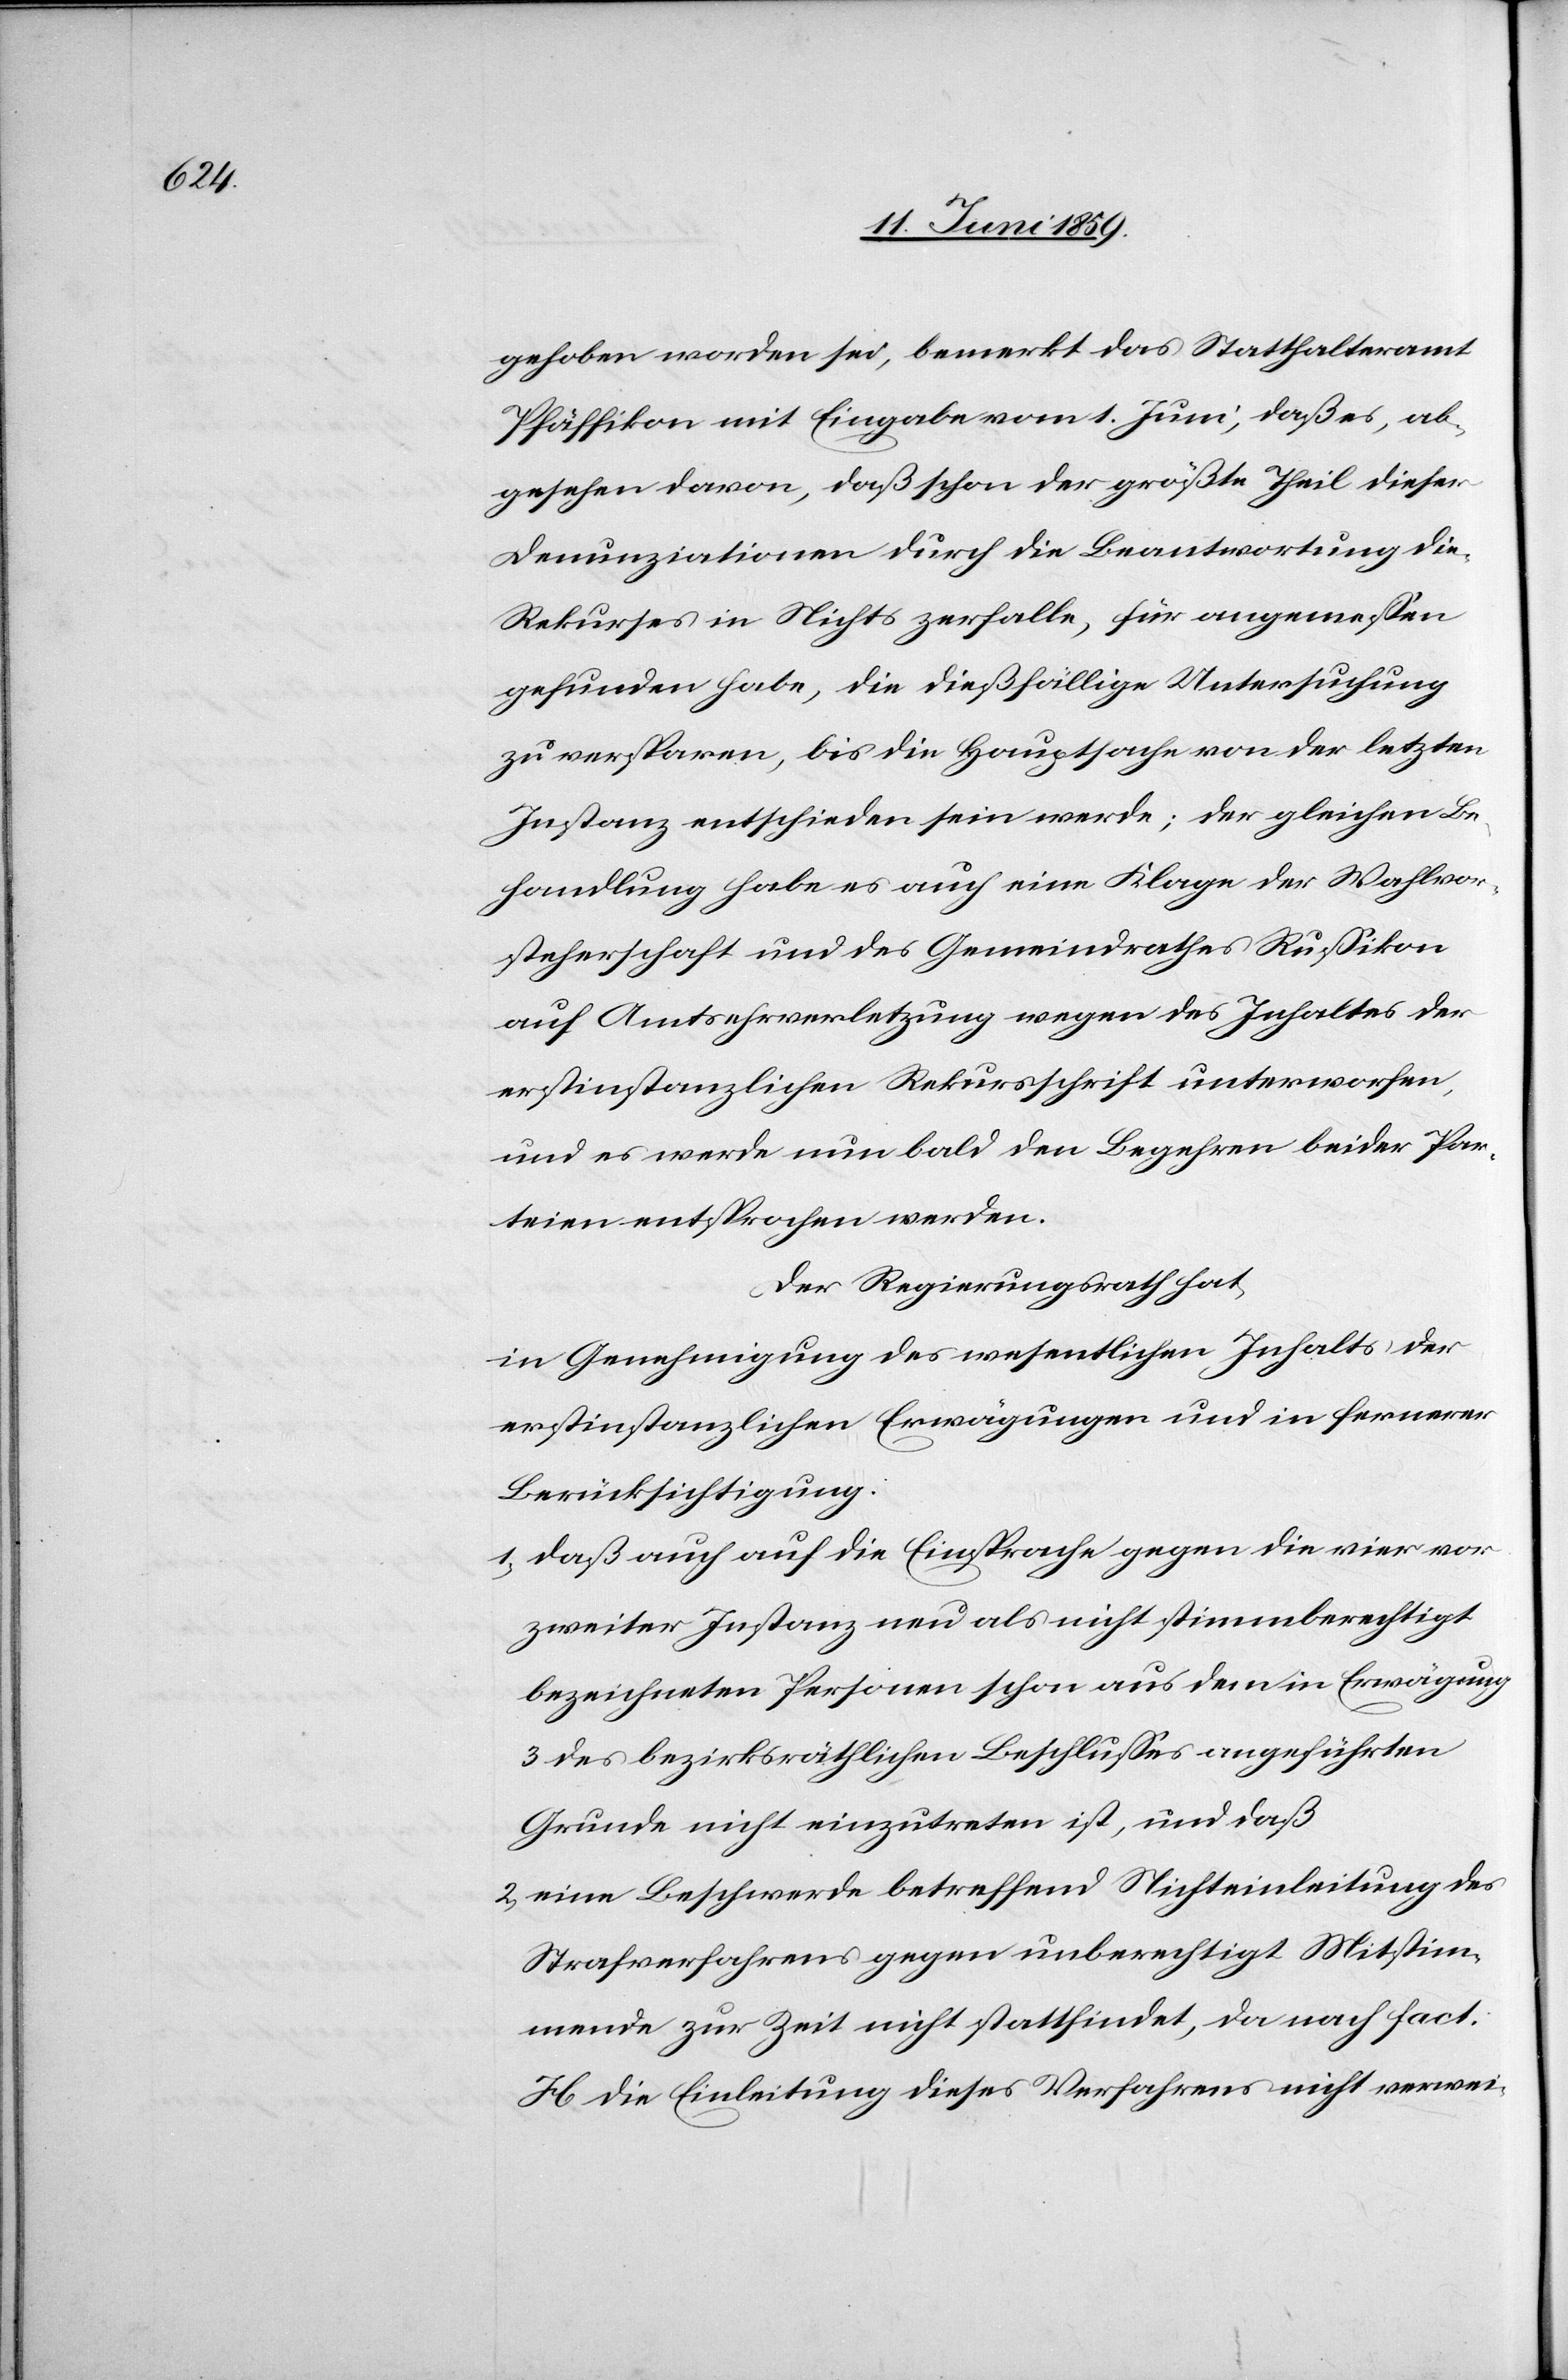
gehoben worden sei, bemerkt das Statthalteramt
Pfäffikon mit Eingabe vom 1. Juni, daß es, ab¬
gesehen davon, daß schon der größte Theil dieser
Denunziationen durch die Beantwortung die
Rekurses in Nichts zerfalle, für angemessen
gefunden habe, die dießfällige Untersuchung
zu versparen, bis die Hauptsache von der letzten
Instanz entschieden sein werde; der gleichen Be¬
handlung habe es auch eine Klage der Wahlvor¬
steherschaft und des Gemeindrathes Russikon
auf Amtsehrverletzung wegen des Inhaltes der
erstinstanzlichen Rekursschrift unterworfen,
und es werde nun bald den Begehren beider Par¬
teien entsprochen werden.
Der Regierungsrath hat,
in Genehmigung des wesentlichen Inhalts der
erstinstanzlichen Erwägungen und in fernerer
Berücksichtigung:
1) daß auch auf die Einsprache gegen die vier vor
zweiter Instanz neu als nicht stimmberechtigt
bezeichneten Personen schon aus dem in Erwägung
3 des bezirksräthlichen Beschlusses angeführten
Grunde nicht einzutreten ist, und daß
2) eine Beschwerde betreffend Nichteinleitung des
Strafverfahrens gegen unberechtigt Mitstim¬
mende zur Zeit nicht stattfindet, da nach fact:
H die Einleitung dieses Verfahrens nicht verwei-